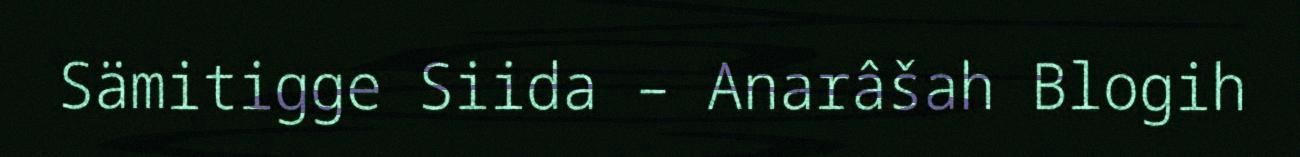
Sämitigge Siida – Anarâšah Blogih